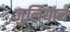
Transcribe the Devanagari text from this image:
जुलियान